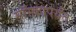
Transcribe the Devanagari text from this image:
मॉस्कोपर्यंत